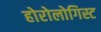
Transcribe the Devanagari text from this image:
होरोलोगिस्ट